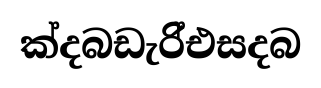
ක්දබඩැරි්එසදබ